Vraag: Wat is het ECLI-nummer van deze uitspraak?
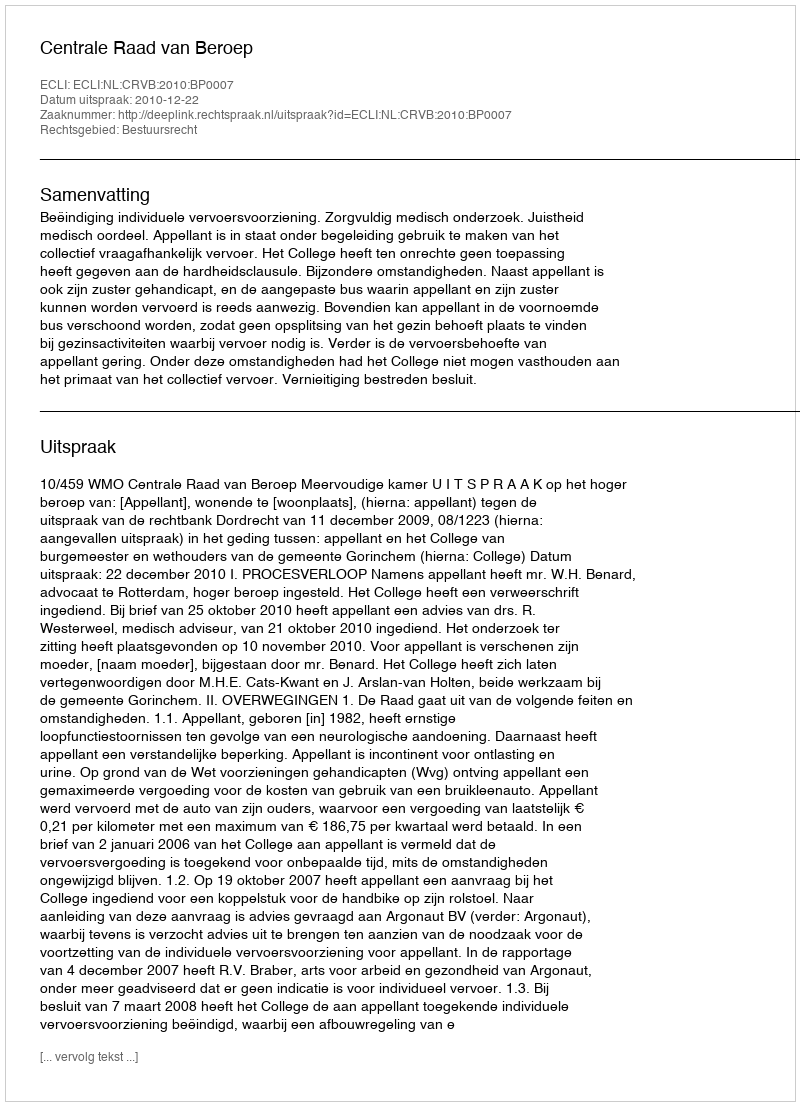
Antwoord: ECLI:NL:CRVB:2010:BP0007